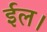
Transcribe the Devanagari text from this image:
ईल।